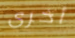
أخرى